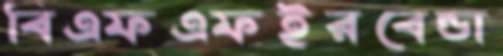
বিএফএফইরবেন্ডা